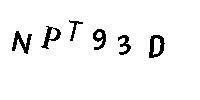
NPT93D